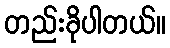
တည်းခိုပါတယ်။